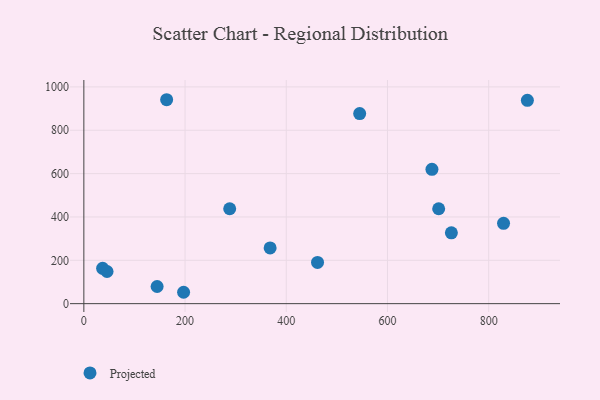
{"axis": {"x": "Price", "y": "Profit"}, "legend": ["Projected"], "data": [{"x": "701.2", "y": 437.8, "type": "Projected"}, {"x": "829.4", "y": 370.7, "type": "Projected"}, {"x": "368.1", "y": 257.0, "type": "Projected"}, {"x": "144.8", "y": 79.2, "type": "Projected"}, {"x": "461.8", "y": 190.0, "type": "Projected"}, {"x": "726.3", "y": 326.6, "type": "Projected"}, {"x": "545.1", "y": 877.0, "type": "Projected"}, {"x": "37.1", "y": 163.0, "type": "Projected"}, {"x": "876.5", "y": 938.0, "type": "Projected"}, {"x": "687.9", "y": 619.9, "type": "Projected"}, {"x": "288.2", "y": 437.8, "type": "Projected"}, {"x": "163.6", "y": 940.9, "type": "Projected"}, {"x": "45.8", "y": 148.4, "type": "Projected"}, {"x": "197.1", "y": 52.5, "type": "Projected"}]}